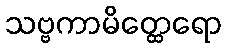
သဗ္ဗကာမိတ္ထေရော